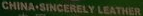
CHINA SINCERELY LEATHER